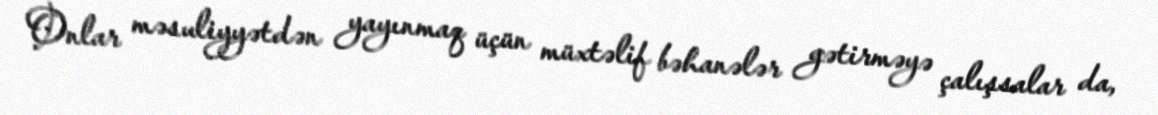
Onlar məsuliyyətdən yayınmaq üçün müxtəlif bəhanələr gətirməyə çalışsalar da,